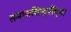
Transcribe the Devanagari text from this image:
समाजशिल्पींच्या